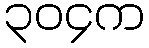
၃၀၄က